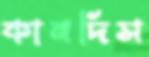
কানদিস